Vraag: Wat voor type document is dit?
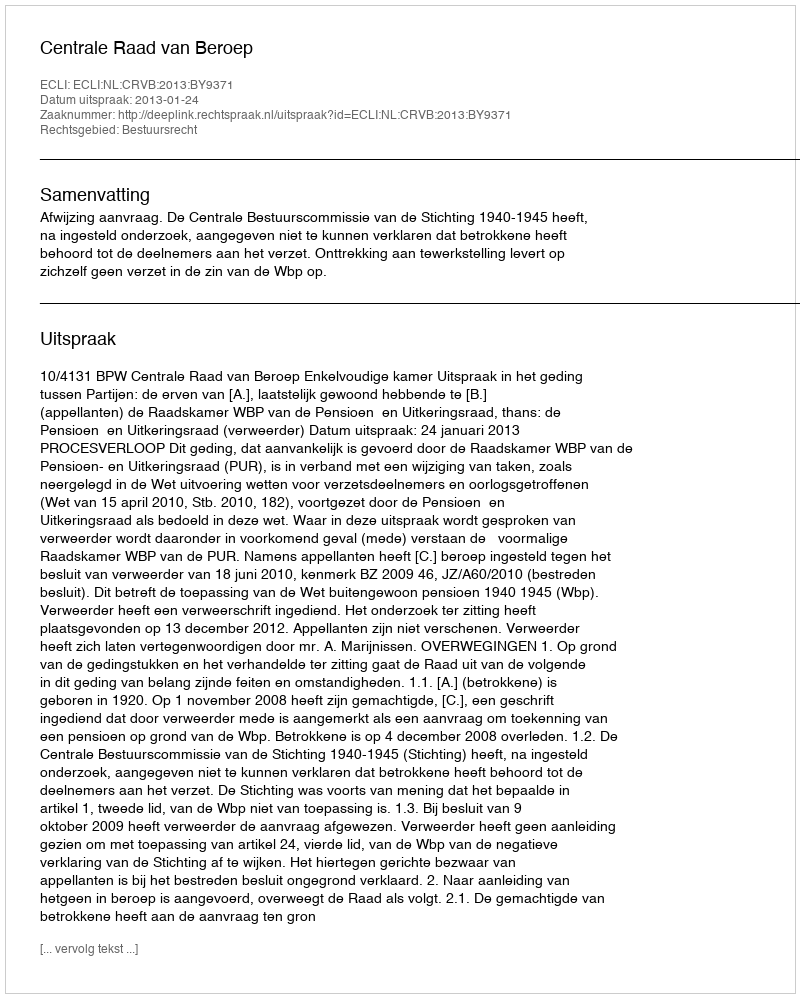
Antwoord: Uitspraak